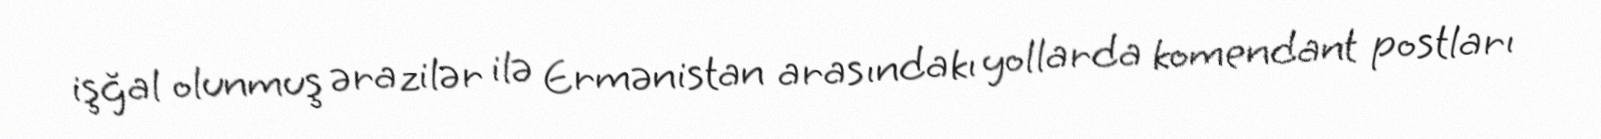
işğal olunmuş ərazilər ilə Ermənistan arasındakı yollarda komendant postları